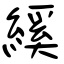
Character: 縘